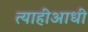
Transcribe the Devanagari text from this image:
त्याहीआधी